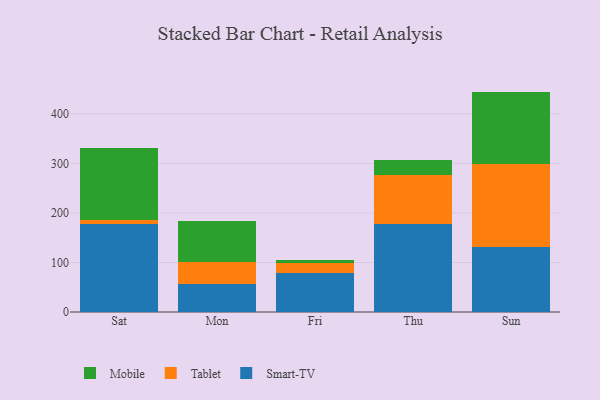
{"axis": {"x": "Day", "y": "Backlog"}, "legend": ["Mobile", "Smart-TV", "Tablet"], "data": [{"x": "Sat", "y": 178.1, "type": "Smart-TV"}, {"x": "Sat", "y": 7.6, "type": "Tablet"}, {"x": "Sat", "y": 144.9, "type": "Mobile"}, {"x": "Mon", "y": 56.4, "type": "Smart-TV"}, {"x": "Mon", "y": 44.5, "type": "Tablet"}, {"x": "Mon", "y": 82.5, "type": "Mobile"}, {"x": "Fri", "y": 78.6, "type": "Smart-TV"}, {"x": "Fri", "y": 19.9, "type": "Tablet"}, {"x": "Fri", "y": 6.4, "type": "Mobile"}, {"x": "Thu", "y": 177.5, "type": "Smart-TV"}, {"x": "Thu", "y": 98.6, "type": "Tablet"}, {"x": "Thu", "y": 29.8, "type": "Mobile"}, {"x": "Sun", "y": 132.0, "type": "Smart-TV"}, {"x": "Sun", "y": 166.6, "type": "Tablet"}, {"x": "Sun", "y": 146.4, "type": "Mobile"}]}